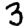
Digit: 3